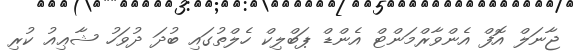
ޖާނަލް އޮފް އެންވާރްމަންޓް އެންޑް ޕަބްލިކް ހެލްތުގައި ބުދަ ދުވަހު ޝާޢިއު ކުރި